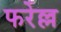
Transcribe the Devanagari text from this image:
फर्रेल्ल